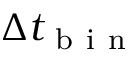
\Delta t _ { \mathrm { ~ b ~ i ~ n ~ } }